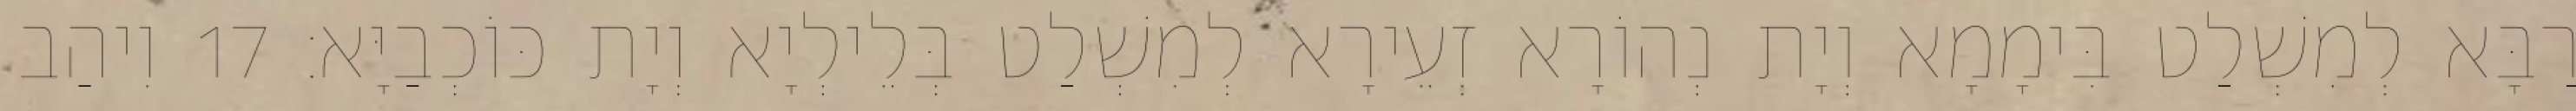
רַבָּא לְמִשְׁלַט בִּימָמָא וְיָת נְהוֹרָא זְעֵירָא לְמִשְׁלַט בְּלֵילְיָא וְיָת כּוֹכְבַיָּא׃ 17 וִיהַב